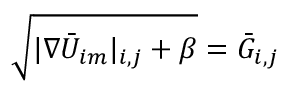
\sqrt { | \nabla \bar { U } _ { i m } | _ { i , j } + \beta } = \bar { G } _ { i , j }